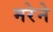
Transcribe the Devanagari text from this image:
मरेने